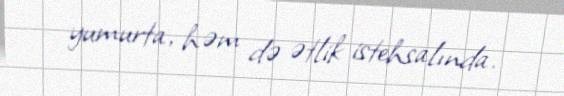
yumurta, həm də ətlik istehsalında.